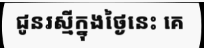
ជូនរស្មីក្នុងថ្ងៃនេះ គេ